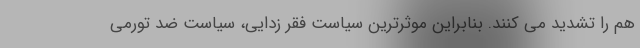
هم را تشدید می کنند. بنابراین موثرترین سیاست فقر زدایی، سیاست ضد تورمی